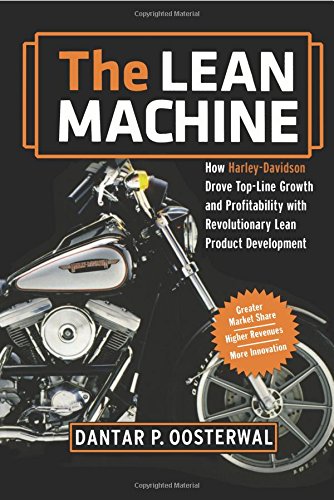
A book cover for The Lean Machine: How Harley-Davidson Drove Top-Line Growth and Profitability with Revolutionary Lean Product Development; Dantar P. Oosterwal; Engineering & Transportation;